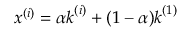
\boldsymbol { x } ^ { ( i ) } = \alpha \boldsymbol { k } ^ { ( i ) } + ( 1 - \alpha ) \boldsymbol { k } ^ { ( 1 ) }